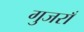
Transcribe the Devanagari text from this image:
गुजराँ